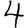
Digit: 4